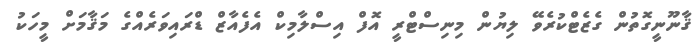
ޤާނޫނީގޮތުން ގެޒެޓްކުރެވޭ ލިޔުން މިނިސްޓްރީ އޮފް އިސްލާމިކް އެފެއާޒް ޑްރައިވަރެއްގެ މަޤާމަށް މީހަކު